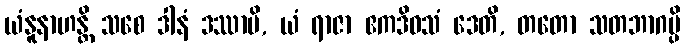
ယံနူနာဟန္တိ သစေ ဒါနံ ဒဿာမိ, ယံ ရာဇာ ဧကဒိဝသံ ဒေတိ, တတော သတဘာဂမ္ပိ